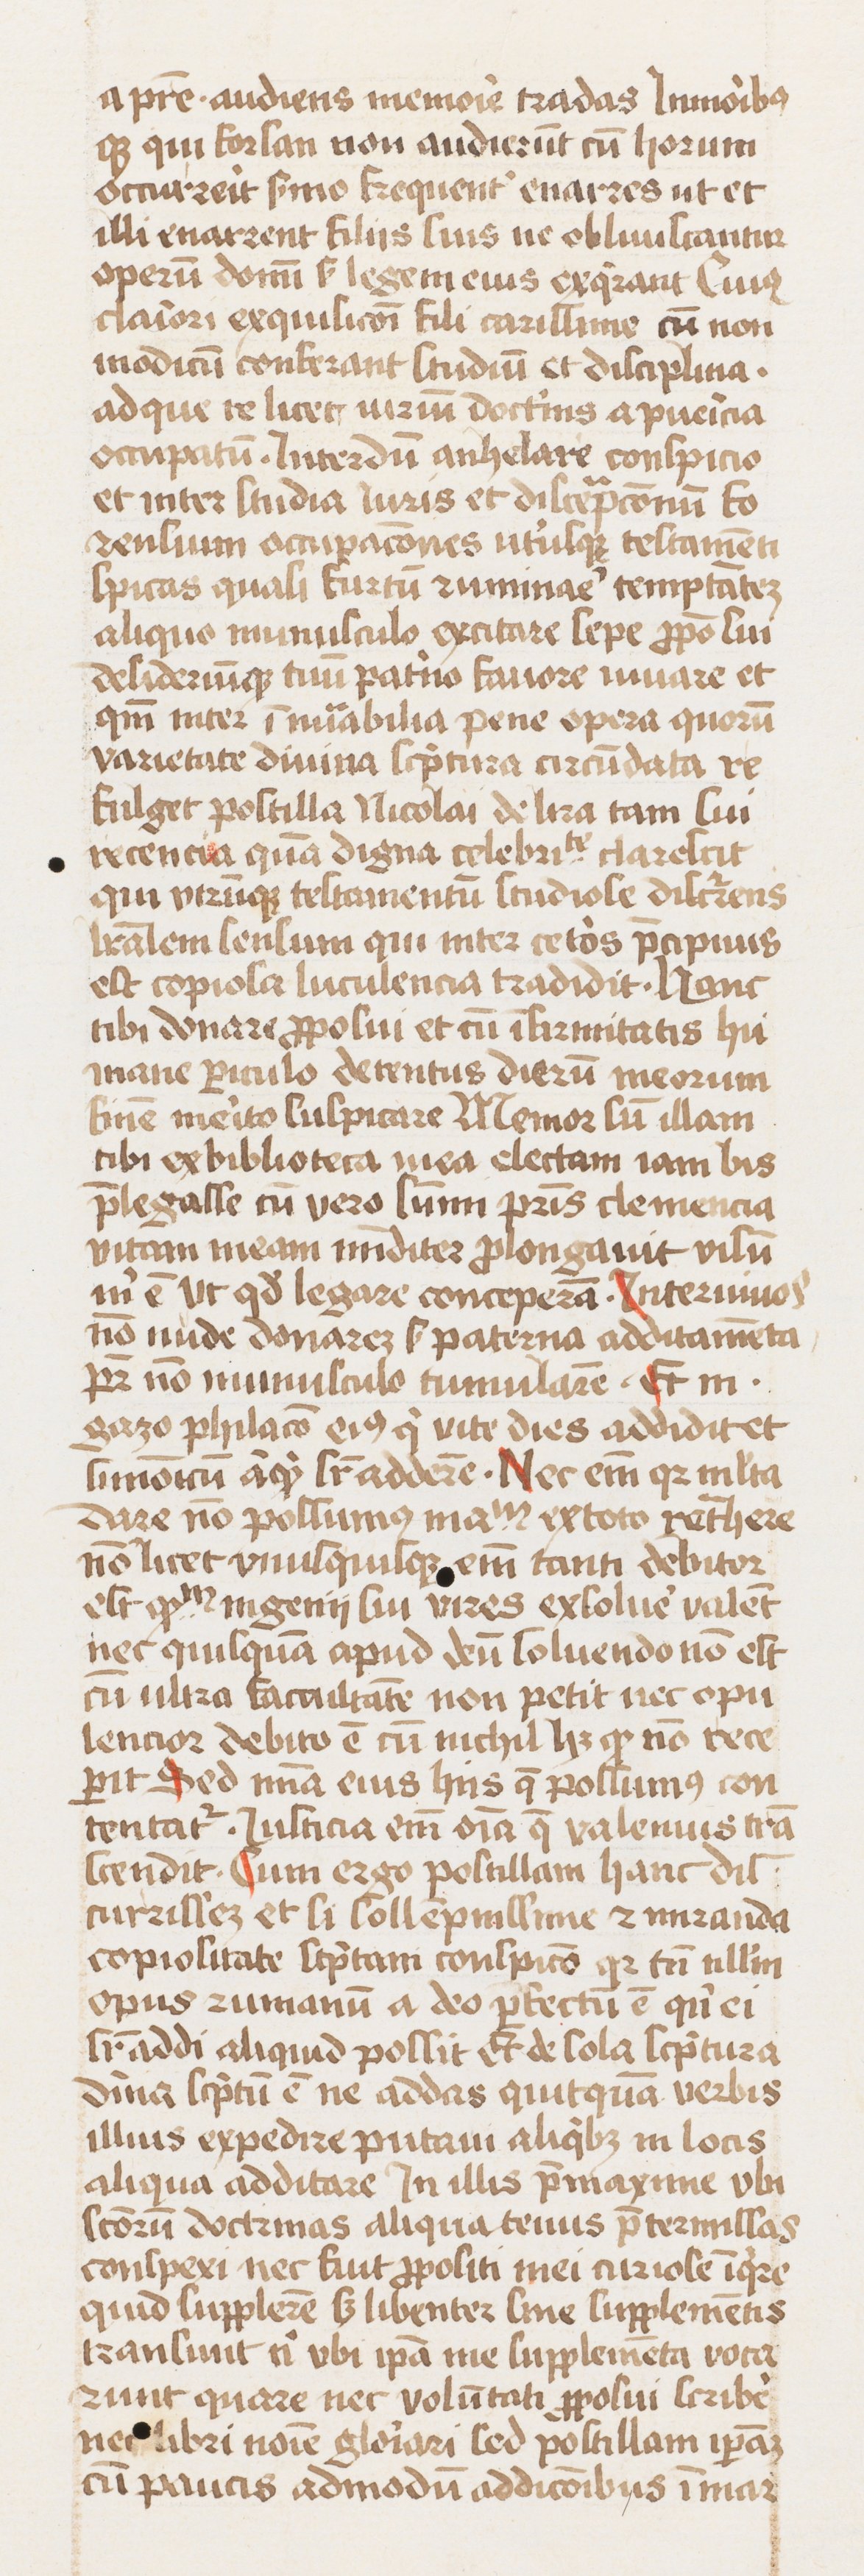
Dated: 1433–1465